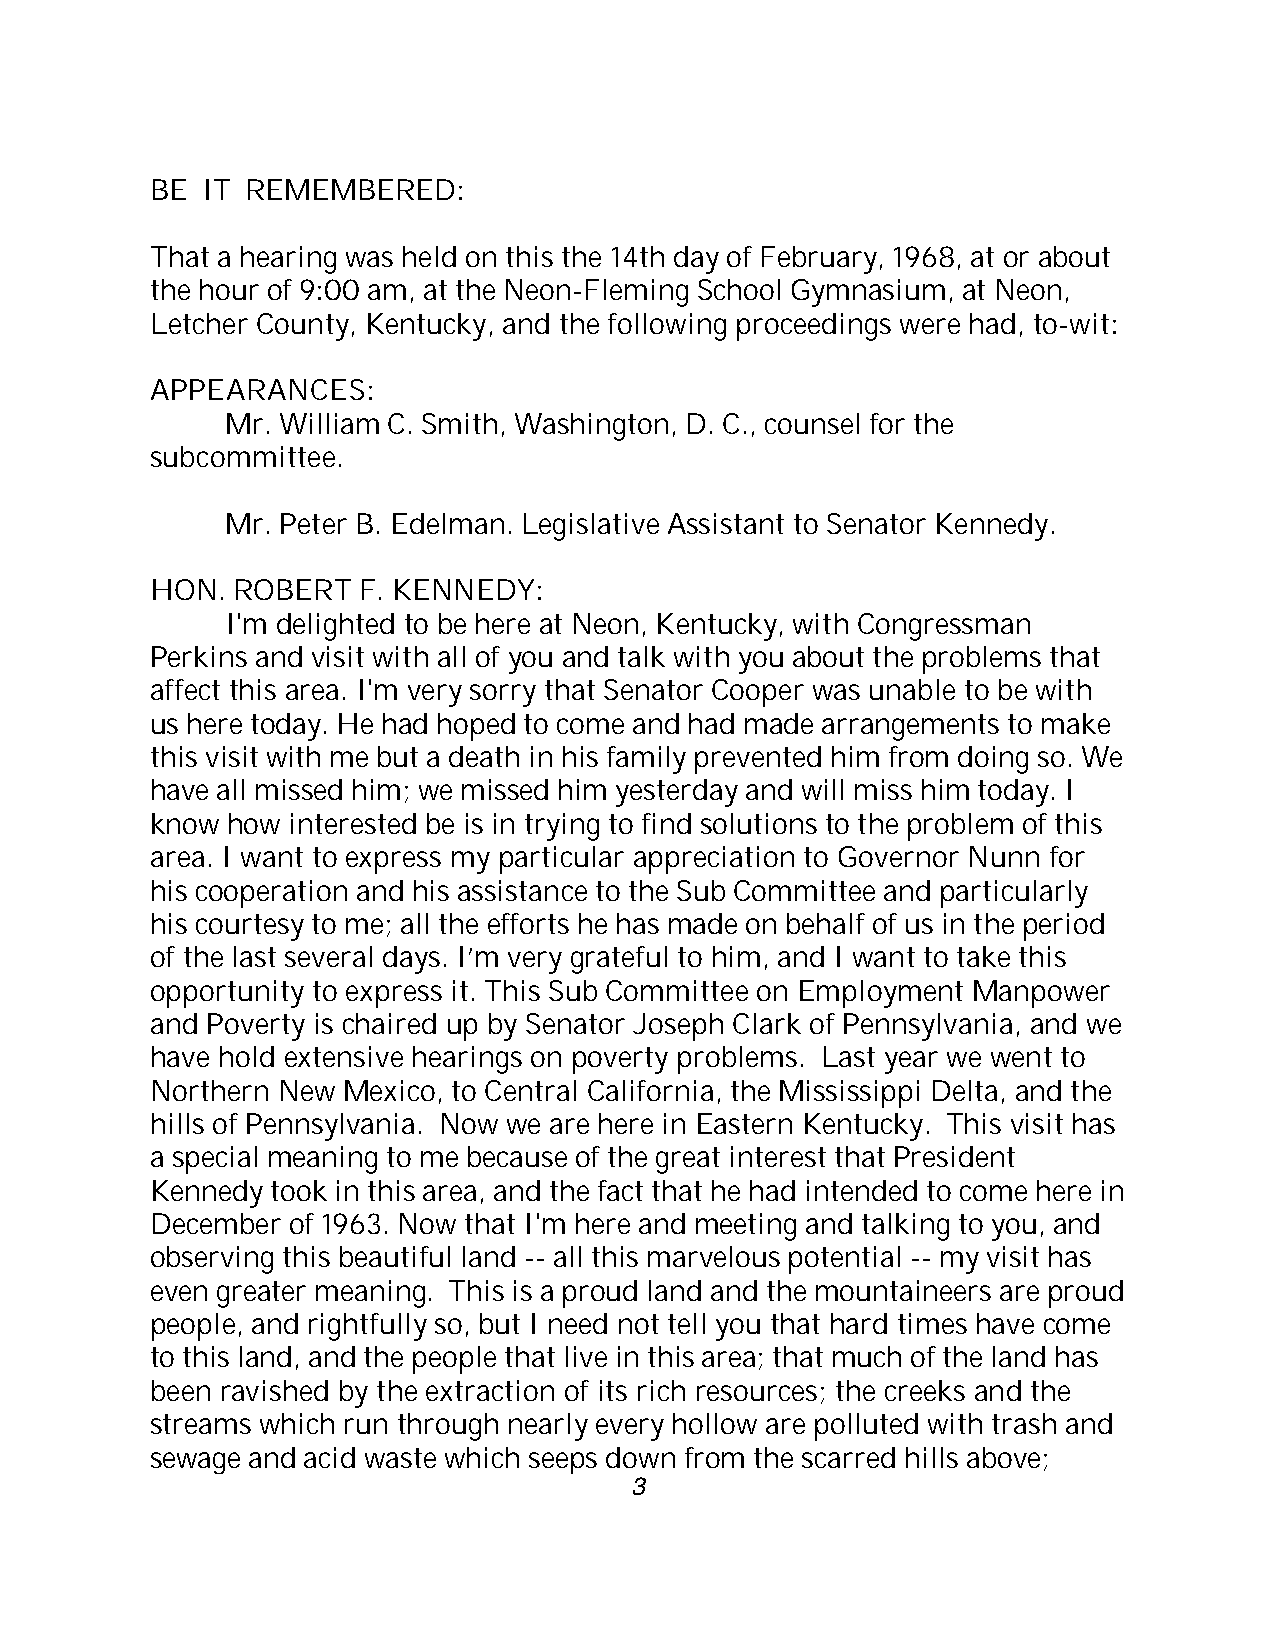
BE IT REMEMBERED:
 That a hearing was held on this the 14th day of February, 1968, at or about
 the hour of 9:00 am, at the Neon-Fleming School Gymnasium, at Neon,
 Letcher County, Kentucky, and the following proceedings were had, to-wit:
 APPEARANCES:
 Mr. William C. Smith, Washington, D. C., counsel for the
 subcommittee.
 Mr. Peter B. Edelman. Legislative Assistant to Senator Kennedy.
 HON. ROBERT   F. KENNEDY:
 I'm delighted to be here at Neon, Kentucky, with Congressman
 Perkins and visit with all of you and talk with you about the problems that
 affect this area. I'm very sorry that Senator Cooper was unable to be with
 us here today. He had hoped to come and had made arrangements to make
 this visit with me but a death in his family prevented him from doing so. We
 have all missed him; we missed him yesterday and will miss him today. I
 know how interested be is in trying to find solutions to the problem of this
 area. I want to express my particular appreciation to Governor Nunn for
 his cooperation and his assistance to the Sub Committee and particularly
 his courtesy to me; all the efforts he has made on behalf of us in the period
 of the last several days. I’m very grateful to him, and I want to take this
 opportunity to express it. This Sub Committee on Employment Manpower
 and Poverty is chaired up by Senator Joseph Clark of Pennsylvania, and we
 have hold extensive hearings on poverty problems. Last year we went to
 Northern New Mexico, to Central California, the Mississippi Delta, and the
 hills of Pennsylvania. Now we are here in Eastern Kentucky. This visit has
 a special meaning to me because of the great interest that President
 Kennedy took in this area, and the fact that he had intended to come here in
 December of 1963. Now that I'm here and meeting and talking to you, and
 observing this beautiful land -- all this marvelous potential -- my visit has
 even greater meaning. This is a proud land and the mountaineers are proud
 people, and rightfully so, but I need not tell you that hard times have come
 to this land, and the people that live in this area; that much of the land has
 been ravished by the extraction of its rich resources; the creeks and the
 streams which run through nearly every hollow are polluted with trash and
 sewage and acid waste which seeps down from the scarred hills above;
 3